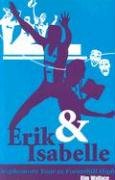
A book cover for Erik & Isabelle Sophomore Year at Foresthill High; Kim Wallace; Teen & Young Adult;